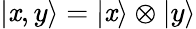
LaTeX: |\mathit{x},y\rangle=|\mathit{x}\rangle\otimes|y\rangle